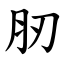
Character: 肕